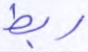
ربط